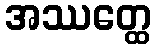
အဿတ္ထေ